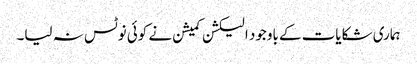
ہماری شکایات کے باوجود الیکشن کمیشن نے کوئی نوٹس نہ لیا۔